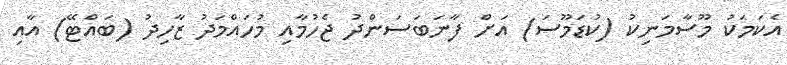
އެކަމަކު މޫސާމަނިކު (ކުޑަމޫސަ) އަށް ފާނަބަސަންދު ޖެހުމާއި މުހައްމަދު ޒާހިދު (ބައްޓޭ) އާއި